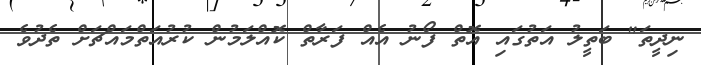
ނިދީތަ" ބަތީލު އަތުގައި އޮތް ފޯނު އެއް ފަރާތް ކޮއްލަމުން ކުރުއަތްމައްޗަށް ތެދުވެ